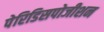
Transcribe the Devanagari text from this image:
पेरिडिसपोजीशन